Vaccination United Provinces of Agra and Oudh 1923-1928 - 1923-1928
Year: 1923
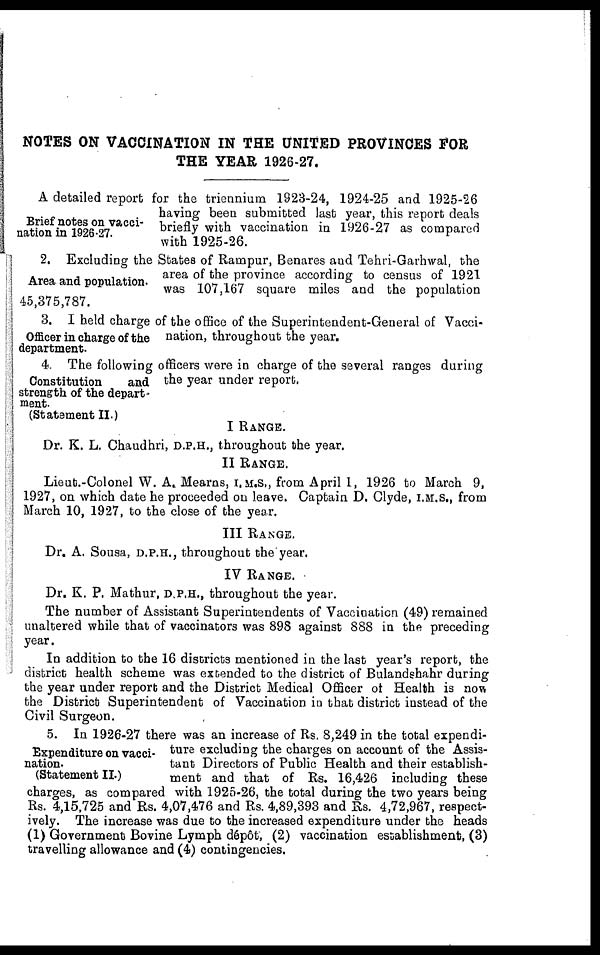
NOTES ON VACCINATION IN THE UNITED PROVINCES FOR
THE YEAR 1926-27.
Brief notes on vacci-
nation in 1926-27.
A detailed report for the triennium 1923-24, 1924-25 and 1925-26
having been submitted last year, this report deals
briefly with vaccination in 1926-27 as compared
with 1925-26.
Area and population.
2. Excluding the States of Rampur, Benares and Tehri-Garhwal, the
area of the province according to census of 1921
was 107,167 square miles and the population
45,375,787.
Officer in charge of the
department.
3. I held charge of the office of the Superintendent-General of Vacci-
nation, throughout the year.
Constitution
and
strength of the depart¬
ment.
(Statement II.)
4. The following officers were in charge of the several ranges during
the year under report.
I RANGE.
Dr. K. L. Chaudhri, D.P.H., throughout the year.
II RANGE.
Lieut.-Colonel W. A. Mearns, I.M.S., from April 1, 1926 to March 9,
1927, on which date he proceeded on leave. Captain D. Clyde, I.M.S., from
March 10, 1927, to the close of the year.
III RANGE.
Dr. A. Sousa, D.P.H., throughout the year.
IV RANGE.
Dr. K. P. Mathur, D.P.H., throughout the year.
The number of Assistant Superintendents of Vaccination (49) remained
unaltered while that of vaccinators was 898 against 888 in the preceding
year.
In addition to the 16 districts mentioned in the last year's report, the
district health scheme was extended to the district of Bulandshahr during
the year under report and the District Medical Officer of Health is now
the District Superintendent of Vaccination in that district instead of the
Civil Surgeon.
Expenditure on vacci-
nation.
(Statement II.)
5. In 1926-27 there was an increase of Rs. 8,249 in the total expendi-
ture excluding the charges on account of the Assis-
tant Directors of Public Health and their establish-
ment and that of Rs. 16,426 including these
charges, as compared with 1925-26, the total during the two years being
Rs. 4,15,725 and Rs. 4,07,476 and Rs. 4,89,393 and Rs. 4,72,967, respect-
ively. The increase was due to the increased expenditure under the heads
(1) Government Bovine Lymph dépôt, (2) vaccination establishment, (3)
travelling allowance and (4) contingencies.